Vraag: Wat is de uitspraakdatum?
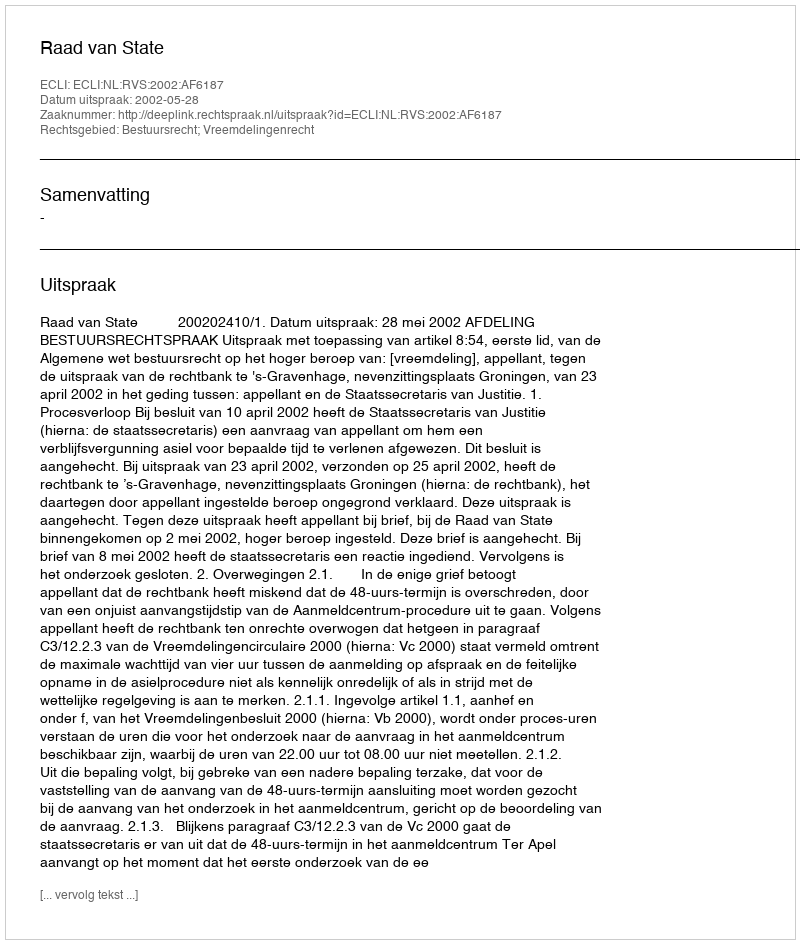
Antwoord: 2002-05-28